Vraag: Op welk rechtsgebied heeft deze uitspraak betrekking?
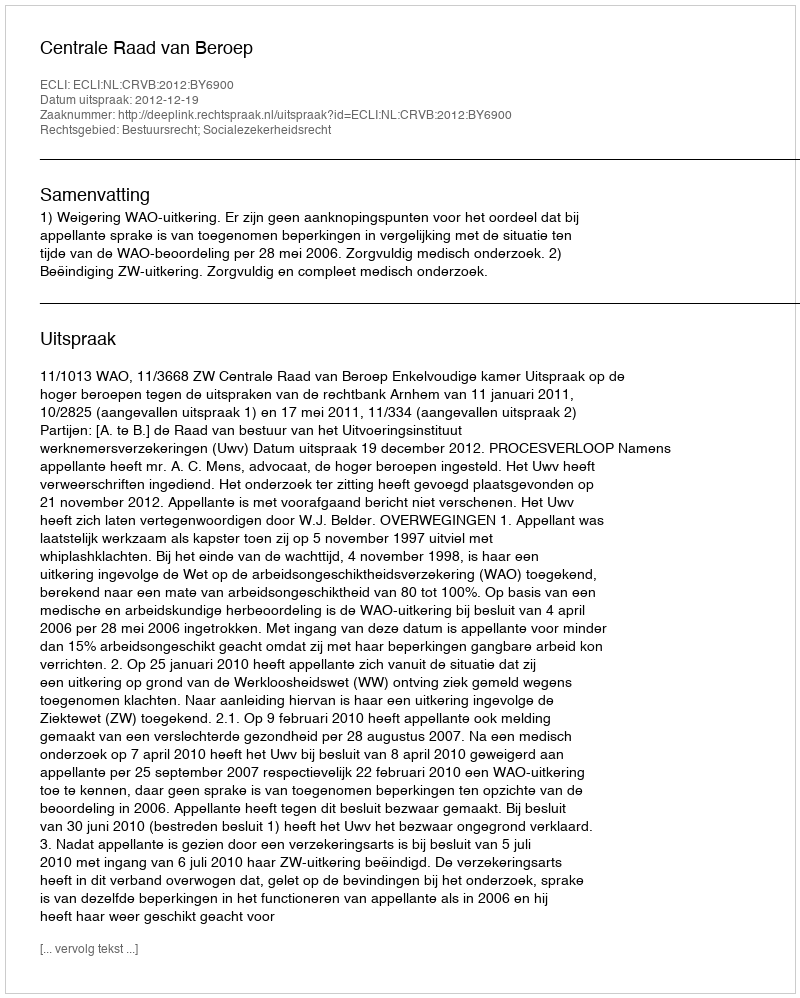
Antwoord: Bestuursrecht; Socialezekerheidsrecht